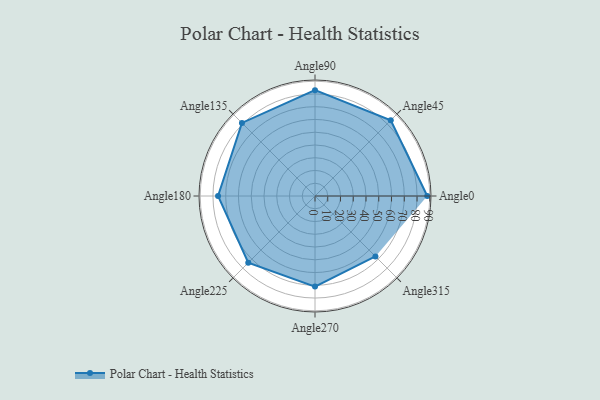
{"axis": {"x": "Angle", "y": "Radius"}, "legend": [""], "data": [{"x": "Angle0", "y": 88.0, "type": ""}, {"x": "Angle45", "y": 84.0, "type": ""}, {"x": "Angle90", "y": 83.0, "type": ""}, {"x": "Angle135", "y": 81.0, "type": ""}, {"x": "Angle180", "y": 76.0, "type": ""}, {"x": "Angle225", "y": 74.0, "type": ""}, {"x": "Angle270", "y": 71.0, "type": ""}, {"x": "Angle315", "y": 67.0, "type": ""}]}